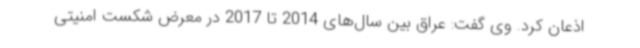
اذعان کرد. وی گفت: عراق بین سال‌های 2014 تا 2017 در معرض شکست امنیتی